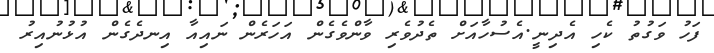
ފަހު ވަގުތު ކެހި އެދިނީ.އެސުހާއަށް ތެދުވެރި ވާންވެގެން އަހަރެން ނައިއާ އިނދެގެން އުޅުނުއިރު